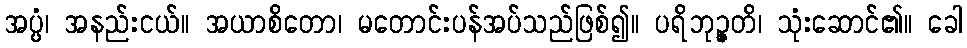
အပ္ပံ၊ အနည်းငယ်။ အယာစိတော၊ မတောင်းပန်အပ်သည်ဖြစ်၍။ ပရိဘုဉ္ဇတိ၊ သုံးဆောင်၏။ ခေါ